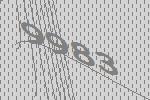
9983